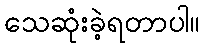
သေဆုံးခဲ့ရတာပါ။